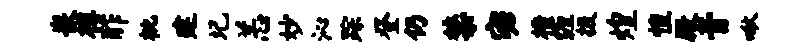
嵌樽酢枇建圮恙妙沁踪登仍禁宓横缠掇煌惶殿音啾